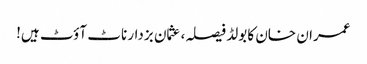
عمران خان کا بولڈ فیصلہ، عثمان بزدار ناٹ آؤٹ ہیں!